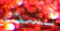
لست